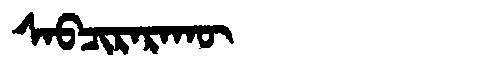
Manchu: ᠰᠠᠪᠴᡳᡵᠠᡵᠠᡴᡡ
Romanization: SABCIRARAKŪ